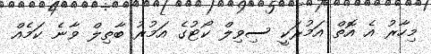
މިހާރު އެ އޮތް އަމުރަކީ ސިވިލް ކޯޓުގެ އަމުރު ބާތިލް ވާނެ ކަމެއް